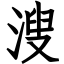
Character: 溲